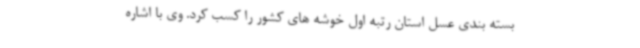
بسته بندی عسل استان رتبه اول خوشه های کشور را کسب کرد. وی با اشاره